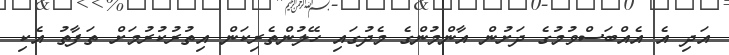
އަދި އެ އެއްބަސްވުމުގެ ދަށުން އާންމުންގެ މެދުގައި ހޭލުންތެރިކަން އިތުރުކުރުމަށް ތަފާތު އެކި